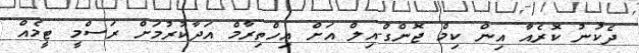
ދެކުނު ކޮރެއާ އިން ކިމް ޖޮންގް-އިލް އަށް އިހްތިރާމް އަދާކުރުމަށް ރަސްމީ ޓީމެއް